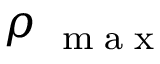
\rho _ { \mathrm { ~ \tiny ~ m ~ a ~ x ~ } }